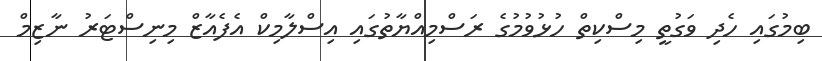
ބިމުގައި ހެދި ވަގުތީ މިސްކިތް ހުޅުވުމުގެ ރަސްމިއްޔާތުގައި އިސްލާމިކް އެފެއާޒް މިނިސްޓަރު ނާޒިމް